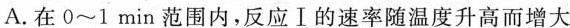
A.在0\sim 1min范围内，反应Ⅰ的速率随温度升高而增大